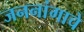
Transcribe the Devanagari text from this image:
जननांगाचे